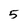
Character: 5